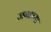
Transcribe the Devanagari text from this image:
जगाच्‍या